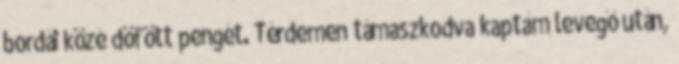
bordái közé döfött pengét. Térdemen támaszkodva kaptam levegő után,